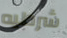
شرطيه